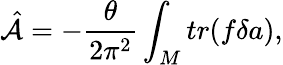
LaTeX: \hat{\cal A}=-\frac{\theta}{2\pi^{2}}\int_{M}tr(f\delta a),